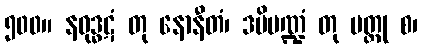
၅၀၀။ နဝုဒ္ဓဋံ တု နောနီတံ၊ ဒမိမဏ္ဍံ တု မတ္ထု စ၊